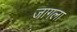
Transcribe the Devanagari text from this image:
जागला